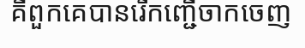
គឺពួកគេបានរើកញ្ជើចាកចេញ